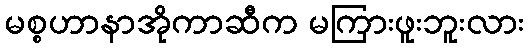
မစ္စဟာနာအိုကာဆီက မကြားဖူးဘူးလား